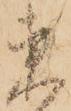
東